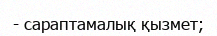
- сараптамалық қызмет;